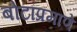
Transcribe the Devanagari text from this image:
बोटांप्रमाणे